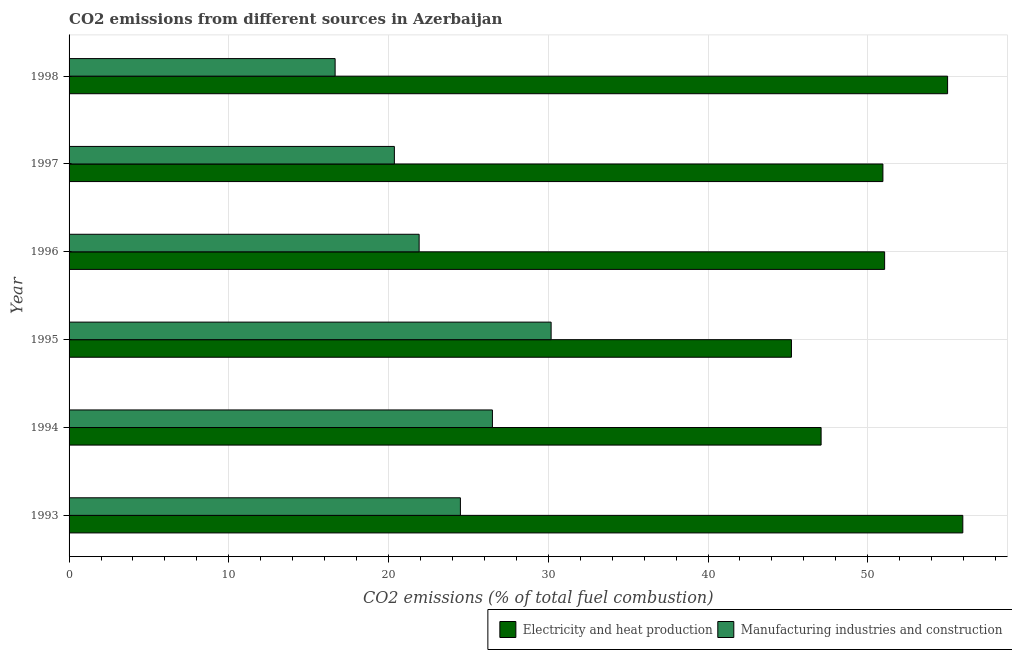
| Year | Electricity and heat production | Manufacturing industries and construction |
 | --- | --- | --- |
 | 1993 | 55.9 | 24.5 |
 | 1994 | 47.1 | 26.5 |
 | 1995 | 45.2 | 30.2 |
 | 1996 | 51.1 | 21.9 |
 | 1997 | 50.9 | 20.4 |
 | 1998 | 55 | 16.7 |